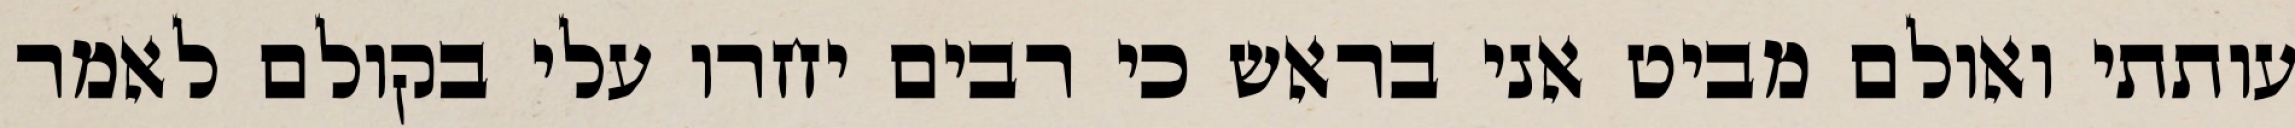
עותתי ואולם מביט אני בראש כי רבים יחרו עלי בקולם לאמר